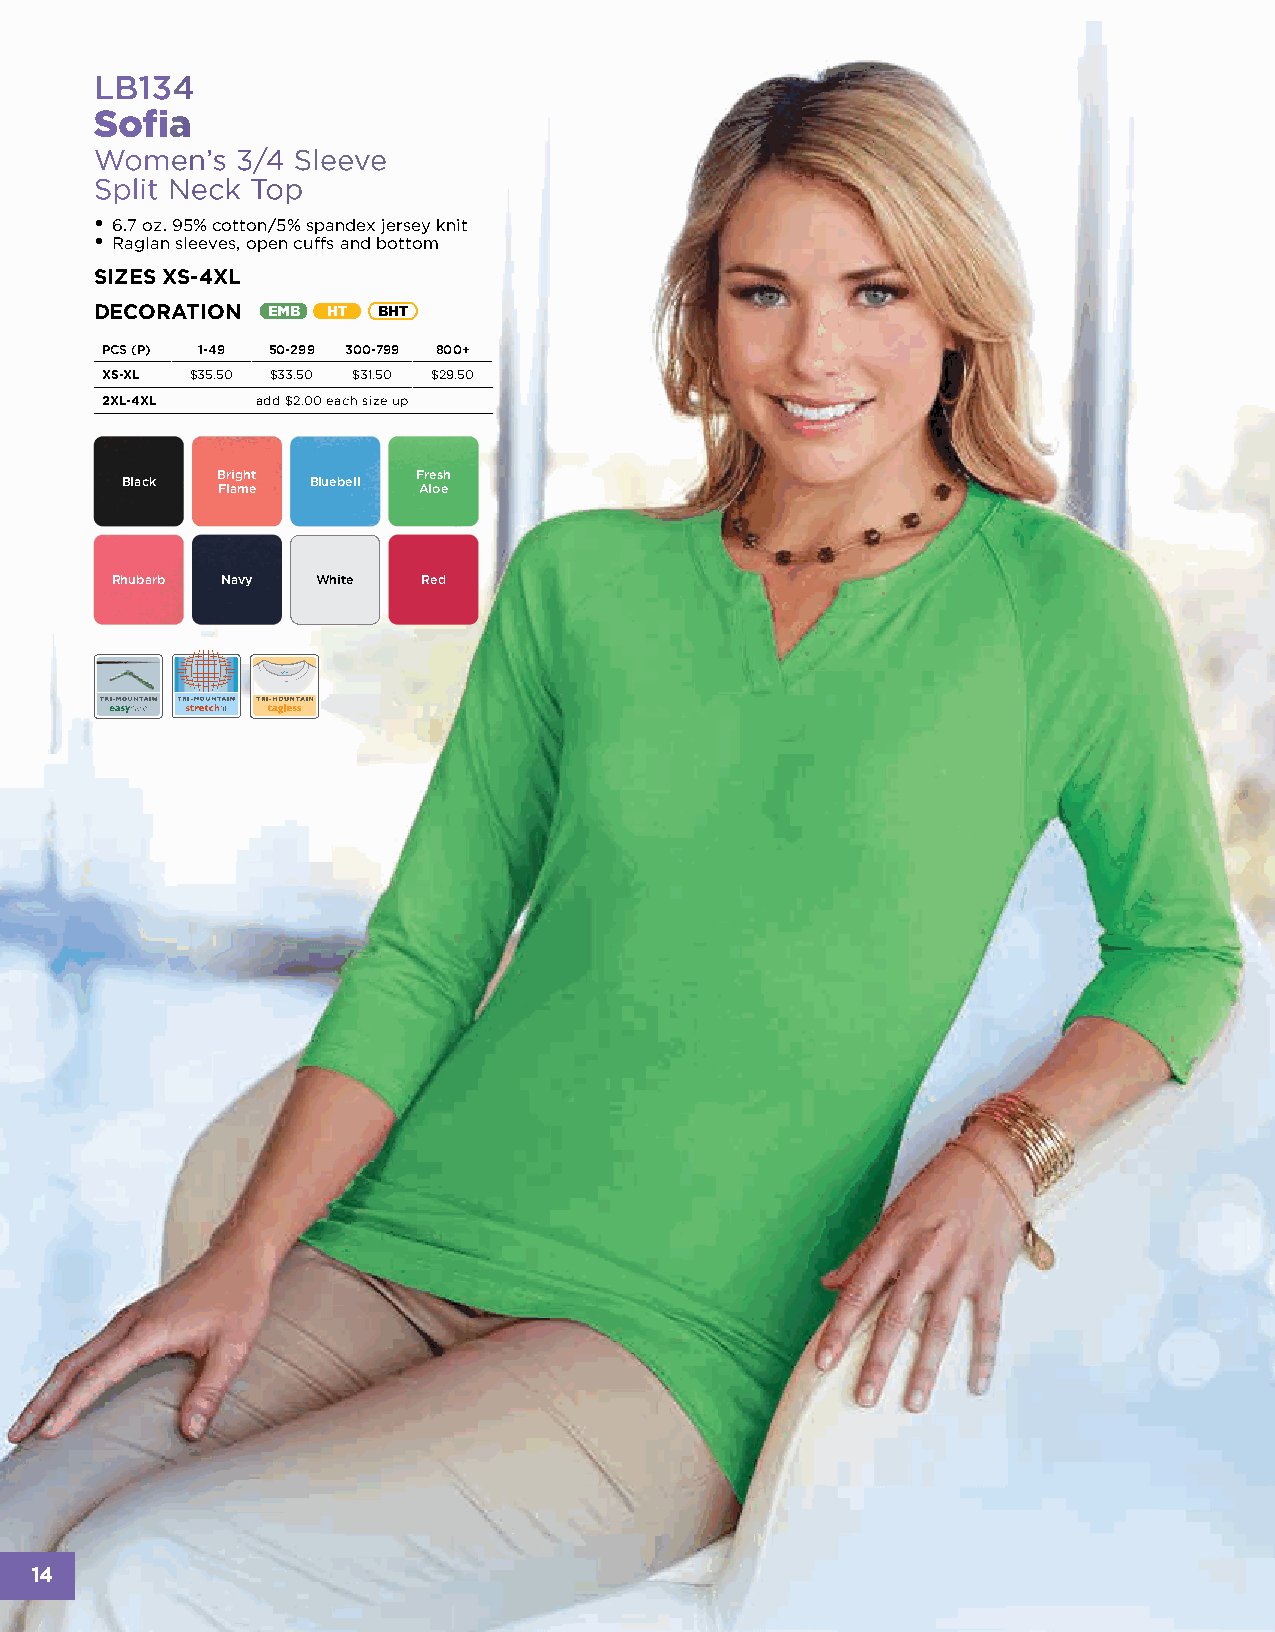
LB134
 Sofia
 Women’s   3/4 Sleeve
 Split Neck Top
 • 6.7 oz. 95% cotton/5% spandex jersey knit
 • Raglan sleeves, open cuffs and bottom
 SIZES XS-4XL
 DECORATION  EMB HT BHT
 PCS (P) 1-49 50-299 300-799 800+
 XS-XL $35.50 $33.50 $31.50 $29.50
 2XL-4XL   add $2.00 each size up
 Bright        Fresh
 Black        Bluebell
 Flame         Aloe
 Rhubarb Navy  White  Red
 14